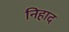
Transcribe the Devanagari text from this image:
निहाद